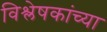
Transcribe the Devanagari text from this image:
विश्लेषकांच्या